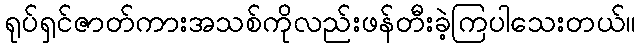
ရုပ်ရှင်ဇာတ်ကားအသစ်ကိုလည်းဖန်တီးခဲ့ကြပါသေးတယ်။